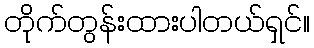
တိုက်တွန်းထားပါတယ်ရှင်။